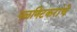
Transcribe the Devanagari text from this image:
पळणिटकरांचे